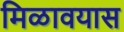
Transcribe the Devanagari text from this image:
मिळावयास